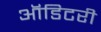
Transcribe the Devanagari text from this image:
ऑडिटरी